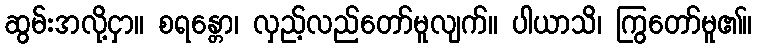
ဆွမ်းအလို့ငှာ။ စရန္တော၊ လှည့်လည်တော်မူလျက်။ ပါယာသိ၊ ကြွတော်မူ၏။